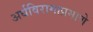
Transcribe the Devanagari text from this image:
अर्धविरामाप्रमाणे